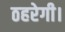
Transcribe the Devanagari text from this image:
ठहरेगी।